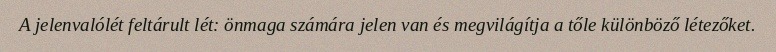
A jelenvalólét feltárult lét: önmaga számára jelen van és megvilágítja a tőle különböző létezőket.